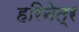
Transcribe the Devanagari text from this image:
हरिनेत्र